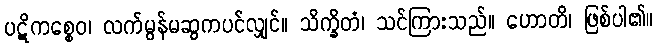
ပဋိကစ္စေဝ၊ လက်မွန်မဆွကပင်လျှင်။ သိက္ခိတံ၊ သင်ကြားသည်။ ဟောတိ၊ ဖြစ်ပါ၏။